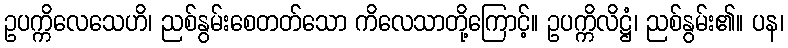
ဥပက္ကိလေသေဟိ၊ ညစ်နွမ်းစေတတ်သော ကိလေသာတို့ကြောင့်။ ဥပက္ကိလိဋ္ဌံ၊ ညစ်နွမ်း၏။ ပန၊